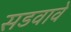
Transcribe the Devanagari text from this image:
सडवावे